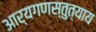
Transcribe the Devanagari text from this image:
आर्यगणस्तुत्याय